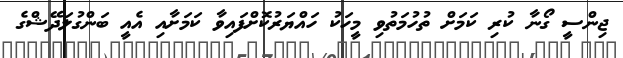
ޖިންސީ ގޯނާ ކުރި ކަމަށް ތުހުމަތުވި މީހަކު ހައްޔަރުކޮށްފައިވާ ކަމަށާއި އެއީ ބަންގުލަދޭޝްގެ